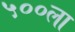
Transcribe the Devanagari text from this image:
५००ला